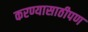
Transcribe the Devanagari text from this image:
करण्यासाठीपण